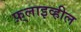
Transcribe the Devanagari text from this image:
फ़्लाइव्हील